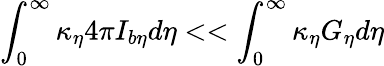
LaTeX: \int_{0}^{\infty}\kappa_{\eta}4\pi I_{b\eta}d\eta<<\int_{0}^{\infty}\kappa_{\eta}G_{\eta}d\eta